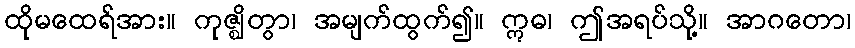
ထိုမထေရ်အား။ ကုဇ္ဈိတွာ၊ အမျက်ထွက်၍။ ဣဓ၊ ဤအရပ်သို့။ အာဂတော၊